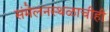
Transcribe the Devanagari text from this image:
संमेलनस्थळाचीही